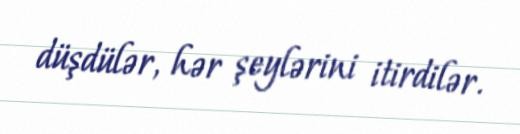
düşdülər, hər şeylərini itirdilər.